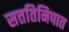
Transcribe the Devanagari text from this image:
सत्ततिनिपात